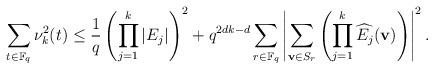
LaTeX: \begin{align*} \sum_{t\in \mathbb F_q} \nu_k^2(t) \le \frac{1}{q} \left( \prod_{j=1}^k |E_j|\right)^2 + q^{2dk-d} \sum_{r\in \mathbb F_q} \left| \sum_{{\bf v}\in S_r}\left(\prod_{j=1}^k \widehat{E_j}({\bf v})\right)\right|^2.\end{align*}